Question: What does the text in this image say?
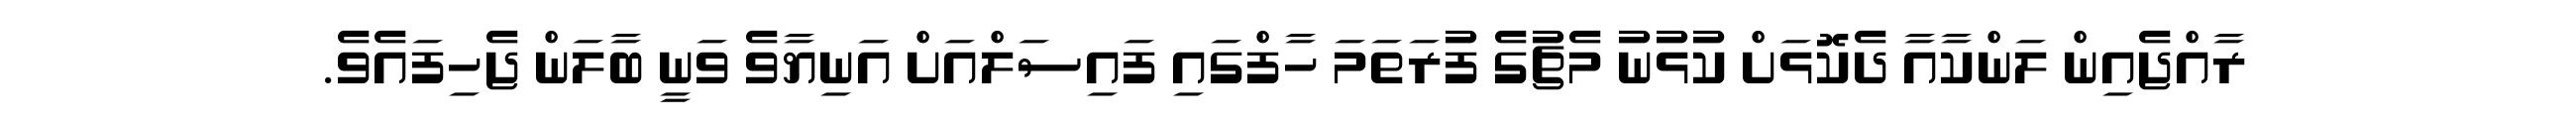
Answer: ރާއްޖެއިން ލަންކާއާ ދެކޮޅަށް ކުޅުނު މެޗުގެ ފުރަތަމަ ހާފްގައި ފައިސަލްއަށް އަނިޔާވެ ވަނީ ބާލަން ޖެހިފައެވެ.